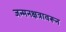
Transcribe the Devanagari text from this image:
जन्मनक्षत्रावरून